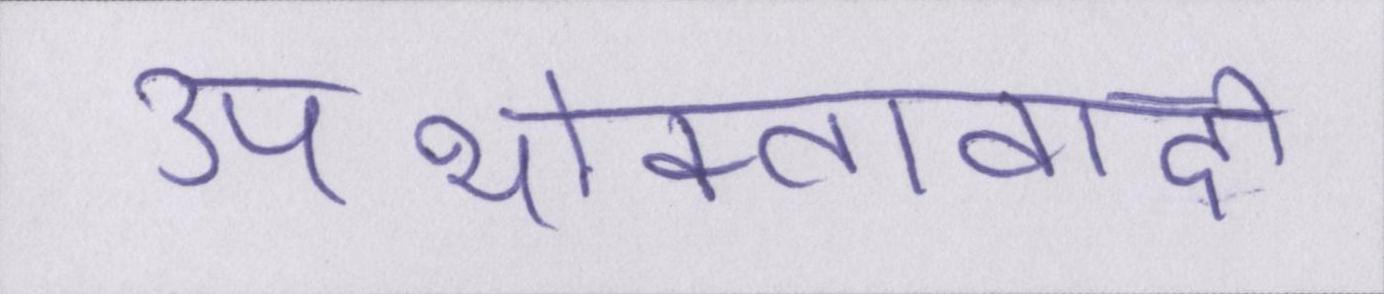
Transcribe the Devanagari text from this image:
उपभोक्तावादी